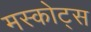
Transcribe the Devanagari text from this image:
मस्कोट्स